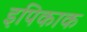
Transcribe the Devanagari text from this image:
इपिकाक